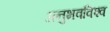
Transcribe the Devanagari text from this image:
अनुभवविश्‍व